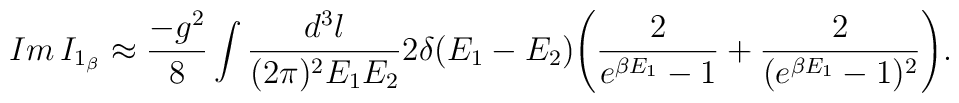
Im\,I_{1_\beta} \approx \frac{-g^2}{8}\int\frac{d^3l}{(2\pi)^2 E_1 E_2}   2\delta(E_1-E_2)   \Bigg(\frac{2}{e^{\beta E_1}-1}+\frac{2}{(e^{\beta E_1}-1)^2}      \Bigg).